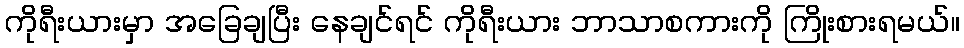
ကိုရီးယားမှာ အခြေချပြီး နေချင်ရင် ကိုရီးယား ဘာသာစကားကို ကြိုးစားရမယ်။